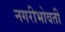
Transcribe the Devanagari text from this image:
नगरीभोवती